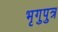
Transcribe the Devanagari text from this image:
भृगुपुत्र